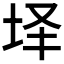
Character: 𰉣